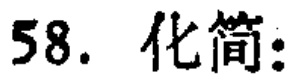
58. 化简：